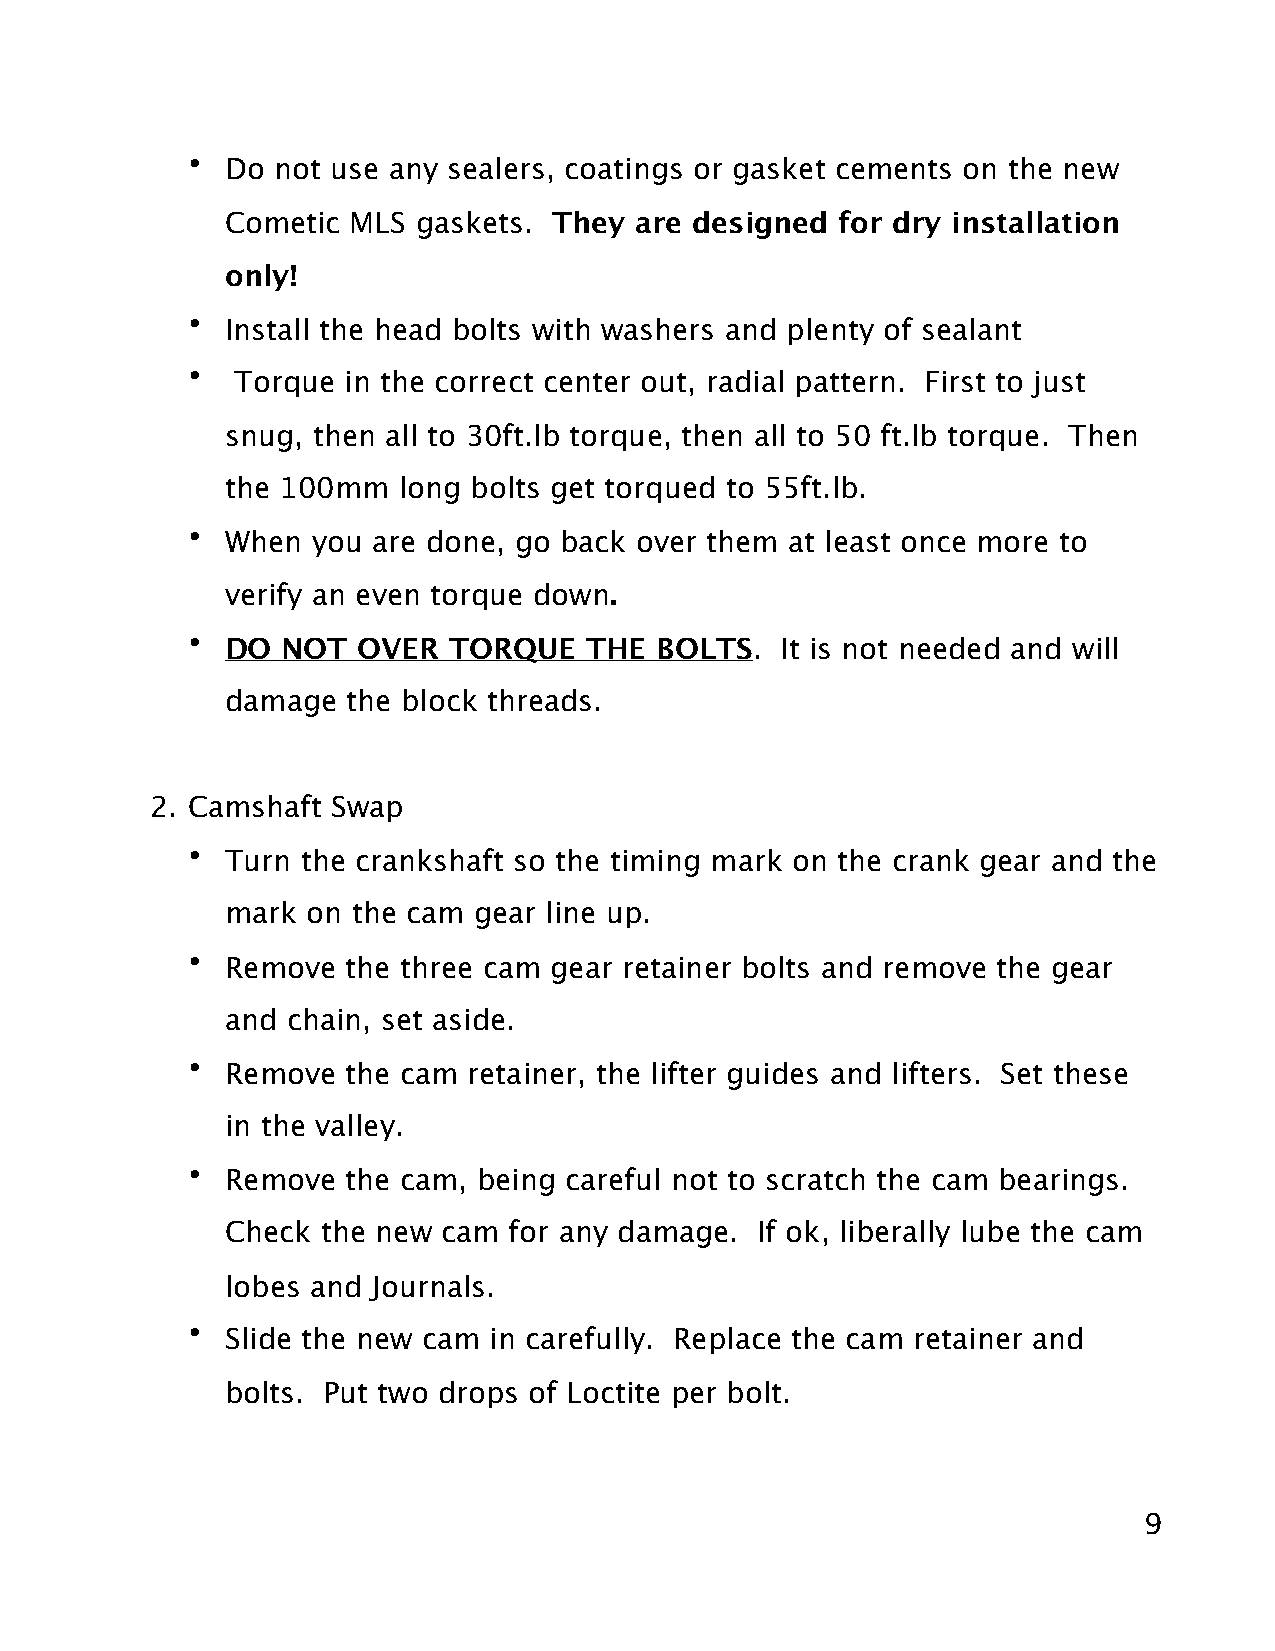
•  Do not use any sealers, coatings or gasket cements on the new
 Cometic MLS  gaskets. They are designed  for dry installation
 only!
 •  Install the head bolts with washers and plenty of sealant
 •   Torque in the correct center out, radial pattern. First to just
 snug, then all to 30ft.lb torque, then all to 50 ft.lb torque. Then
 the 100mm  long bolts get torqued to 55ft.lb.
 •  When  you are done, go back over them at least once more to
 verify an even torque down.
 •  DO  NOT  OVER  TORQUE   THE BOLTS.   It is not needed and will
 damage  the block threads.
 2. Camshaft Swap
 •  Turn the crankshaft so the timing mark on the crank gear and the
 mark on the cam gear line up.
 •  Remove  the three cam gear retainer bolts and remove the gear
 and chain, set aside.
 •  Remove  the cam retainer, the lifter guides and lifters. Set these
 in the valley.
 •  Remove  the cam, being careful not to scratch the cam bearings.
 Check the new cam  for any damage. If ok, liberally lube the cam
 lobes and Journals.
 •  Slide the new cam in carefully. Replace the cam retainer and
 bolts. Put two drops of Loctite per bolt.
 9